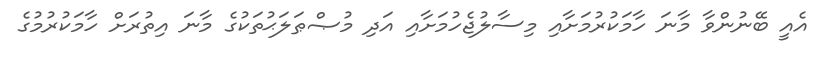
އެއީ ބޭނުންވާ މާނަ ހާމަކުރުމަށާއި މިސާލުޖެހުމަށާއި އަދި މުޞްޠަލަޙުތަކުގެ މާނަ އިތުރަށް ހާމަކުރުމުގެ